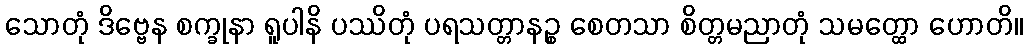
သောတုံ ဒိဗ္ဗေန စက္ခုနာ ရူပါနိ ပဿိတုံ ပရသတ္တာနဉ္စ စေတသာ စိတ္တမညာတုံ သမတ္ထော ဟောတိ။